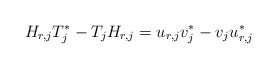
\begin{align*} &H_{r,j}T_j^*-T_j H_{r,j}=u_{r,j}v_j^*-v_j u_{r,j}^* \end{align*}